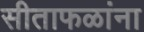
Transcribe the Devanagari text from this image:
सीताफळांना